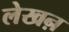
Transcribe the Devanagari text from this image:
लेखऩ